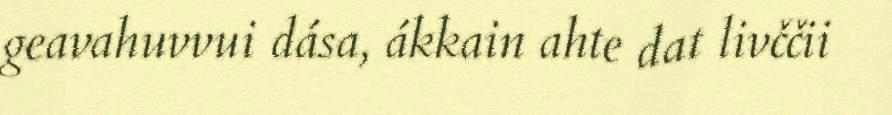
geavahuvvui dása, ákkain ahte dat livččii